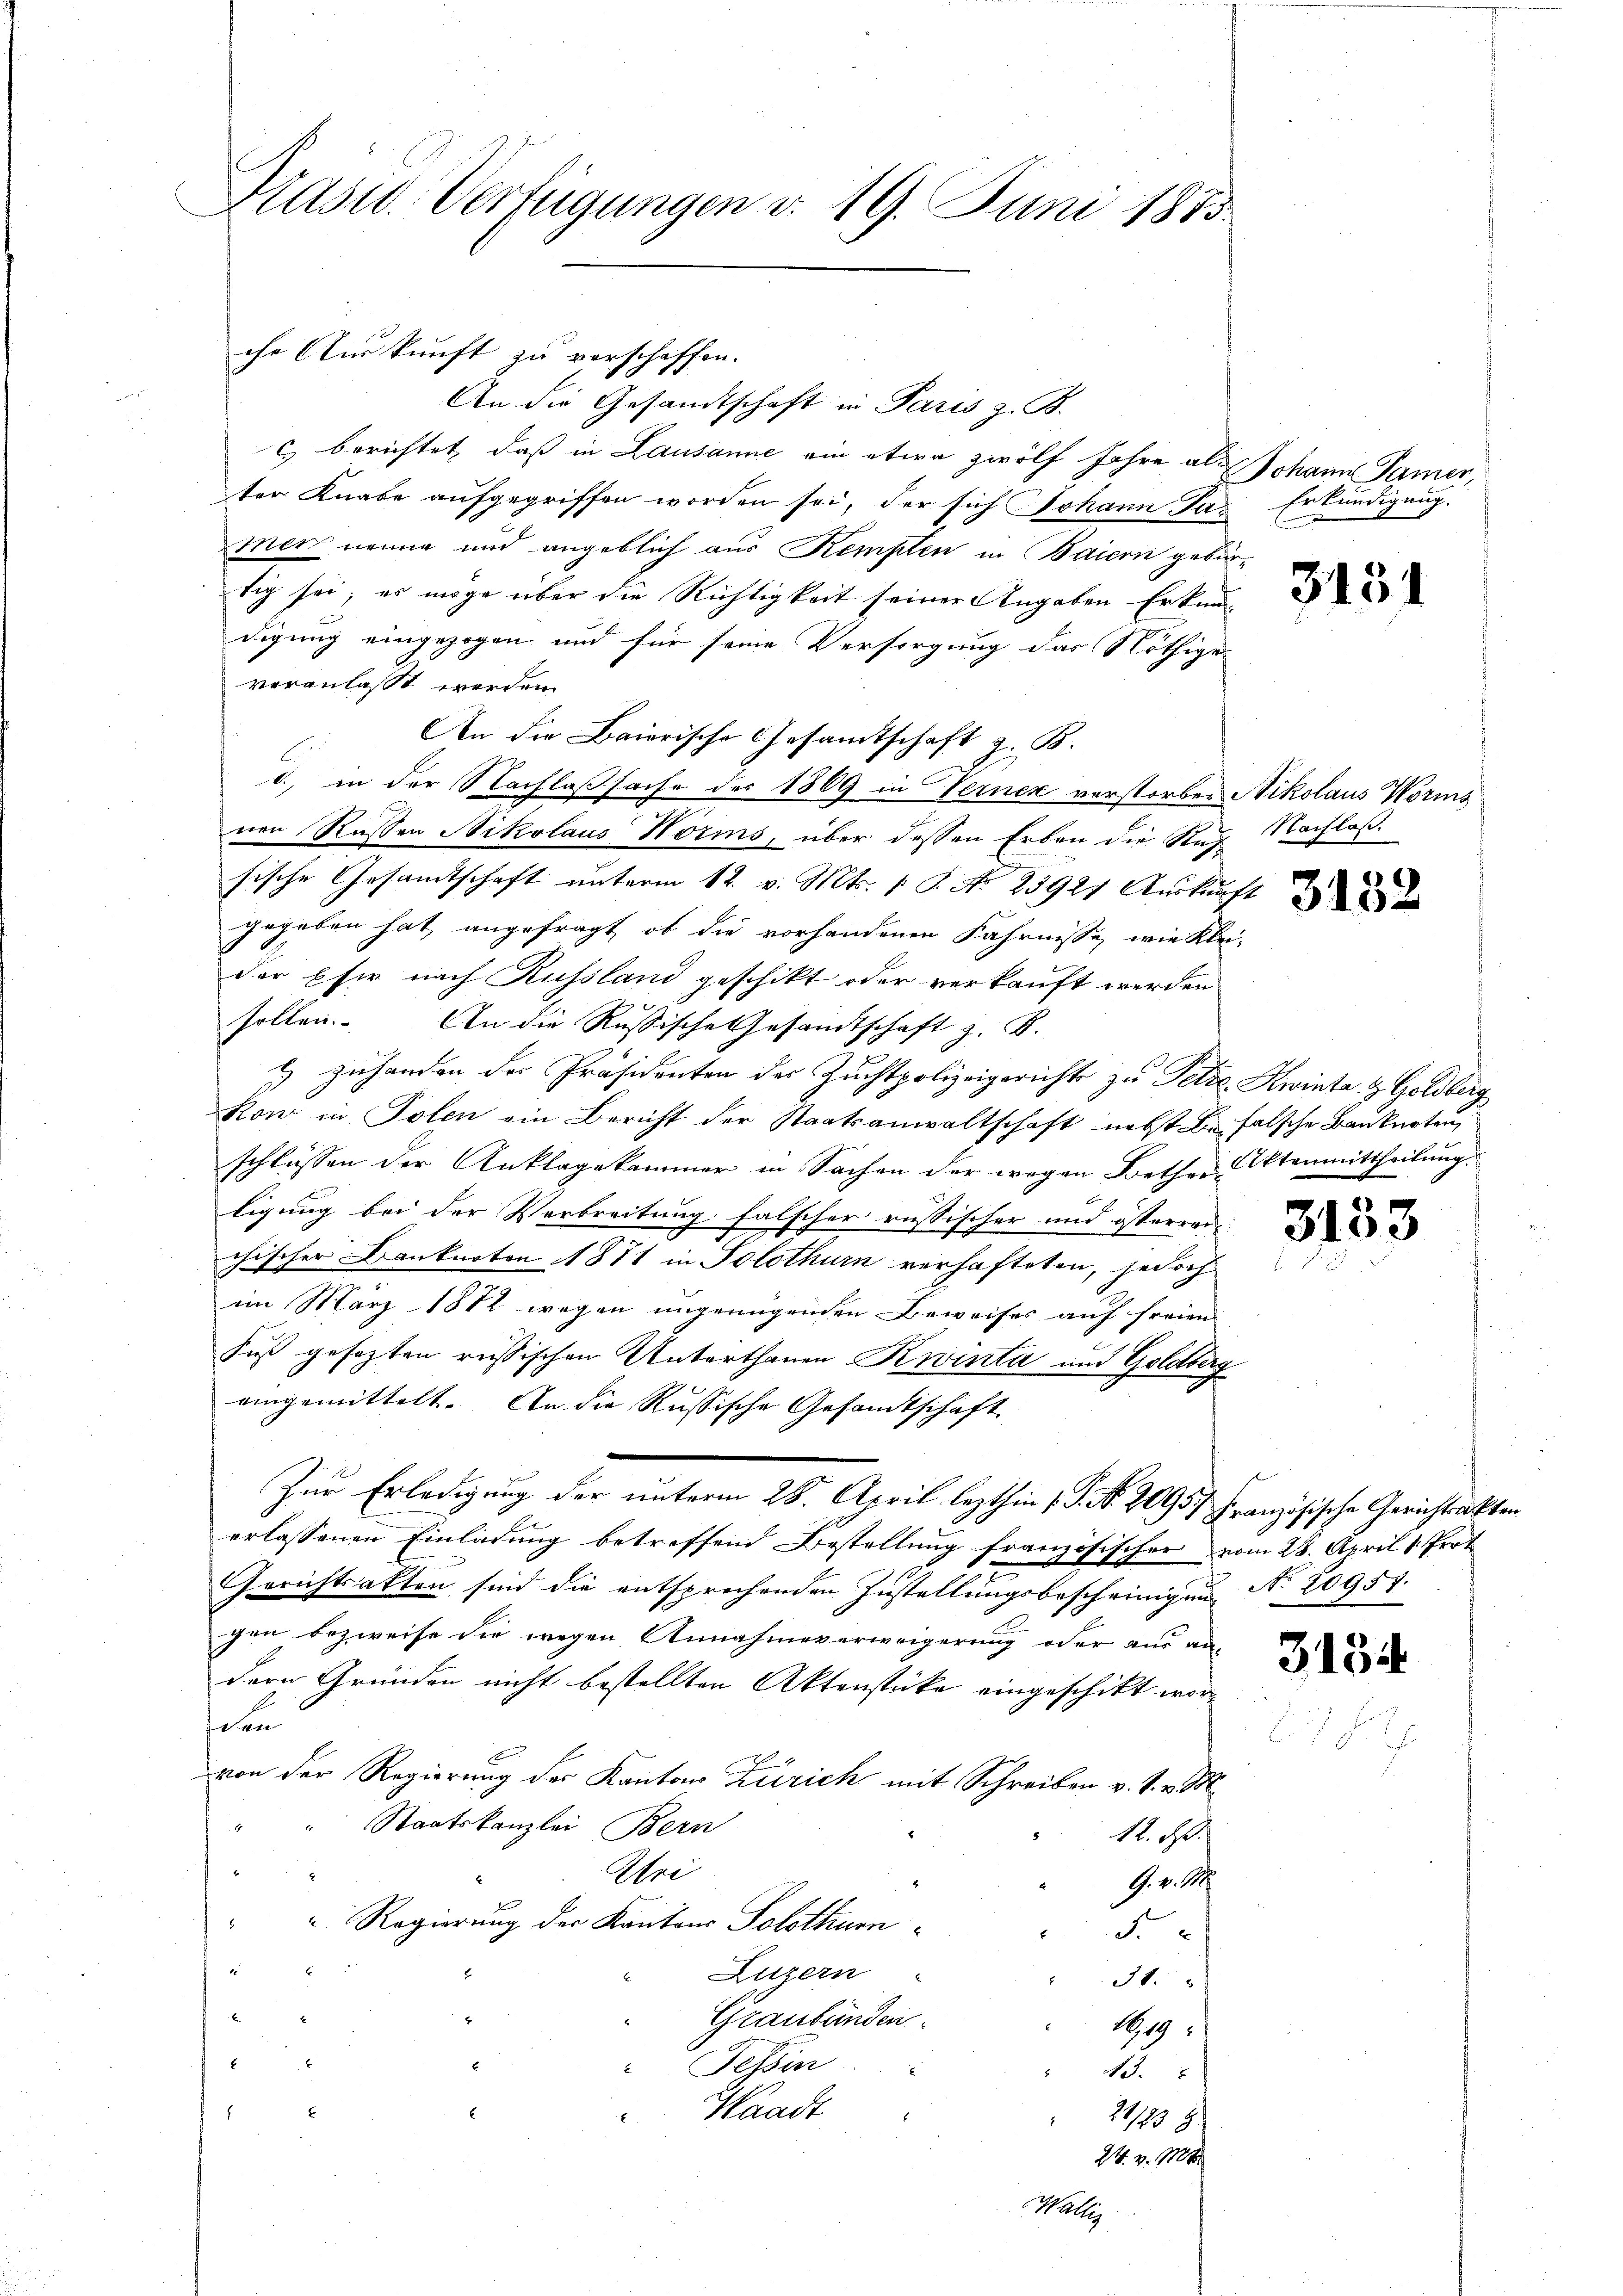
Präsid. Verfügungen v. 19. Juni 1875.

An die Gesandtschaft in Paris z. B.
c) berichtet, daß in Lausanne ein etwa zwölf Jahre als Johann Pamer,
ter Knabe aufgegriffen worden sei, der sich Johann Ja. Erkundigung.
mer neune und angeblich aus Kempten in Baiern gebürtig sei; es möge über die Richtigkeit seiner Angaben Erkundigung eingezogen und für seine Versorgung das Nöthige
veranlasst werden.
An die Baierische Gesamtschaft z. B.
d., in der Nachlaßsache des 1869 in Ferner verstorben Nikolaus Worms
nen Rassen Nikolaus Norms, über dessen Erben die Stusische Gesandtschaft unterm 12. v. Mts. 1 S. No 23927 Auskunft
gegeben hat, angefragt, ob die vorhandenen Fahrnisse, wie Klei-
der Eher nach Russland geschikt oder verkauft werden
sollen. An die Russische Gesandtschaft z. B.
E. Zuhanden der Präsidenten der Zuchtpolizeigericht zu Tetze. Kwinte & Goldberg
kon in Polen ein Bericht der Staatsanwaltschaft nebst de falsche Bauknoten,
schlüssen der Anklagekammer in Sachen der wegen Bether Aktenmittheilung.
ligung bei der Verbreitung falscher russischer und österrei
chischer Banknoten 1871 in Solothurn verhafteten, jedoch
im März 1812 wegen ungenügenden Beweises auf freien
Fuß gesezten russischen Unterthanen Krinta und Geldberg
eingemittelt. An die Russische Gesandtschaft
Zur Erledigung der unterm 28. April lezthin 1 S. Nr. 2095) Französische Gerichtsakten
erlassenen Einladung betreffend Bestellung französischer vom 28. April 1. Prot
Gerichtsakten sind die entsprechenden Zustellungsbescheinigung No 20957.
gen bezweife die wegen Annahmeverweigerung oder aus an-
dern Gründen nicht bestellten Aktenstücke eingeschikt worden
von der Regierung des Kanton Zürich mit Schreiben v. M. v. M.
Staatskanzlei Bern
1
12. ds
Wri
G. v. M.
 Regierung der Kantons Solothur
F
1
2
Luzern
31.
Graubünden.
R. 19
Tessin
13.
Waadt
E
21/83 8.
24. v. M

che Auskunft zu verschaffen.

Walli

3151

Nachlas

3132

3133

334